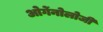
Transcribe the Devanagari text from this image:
ओर्गेनोलोजी